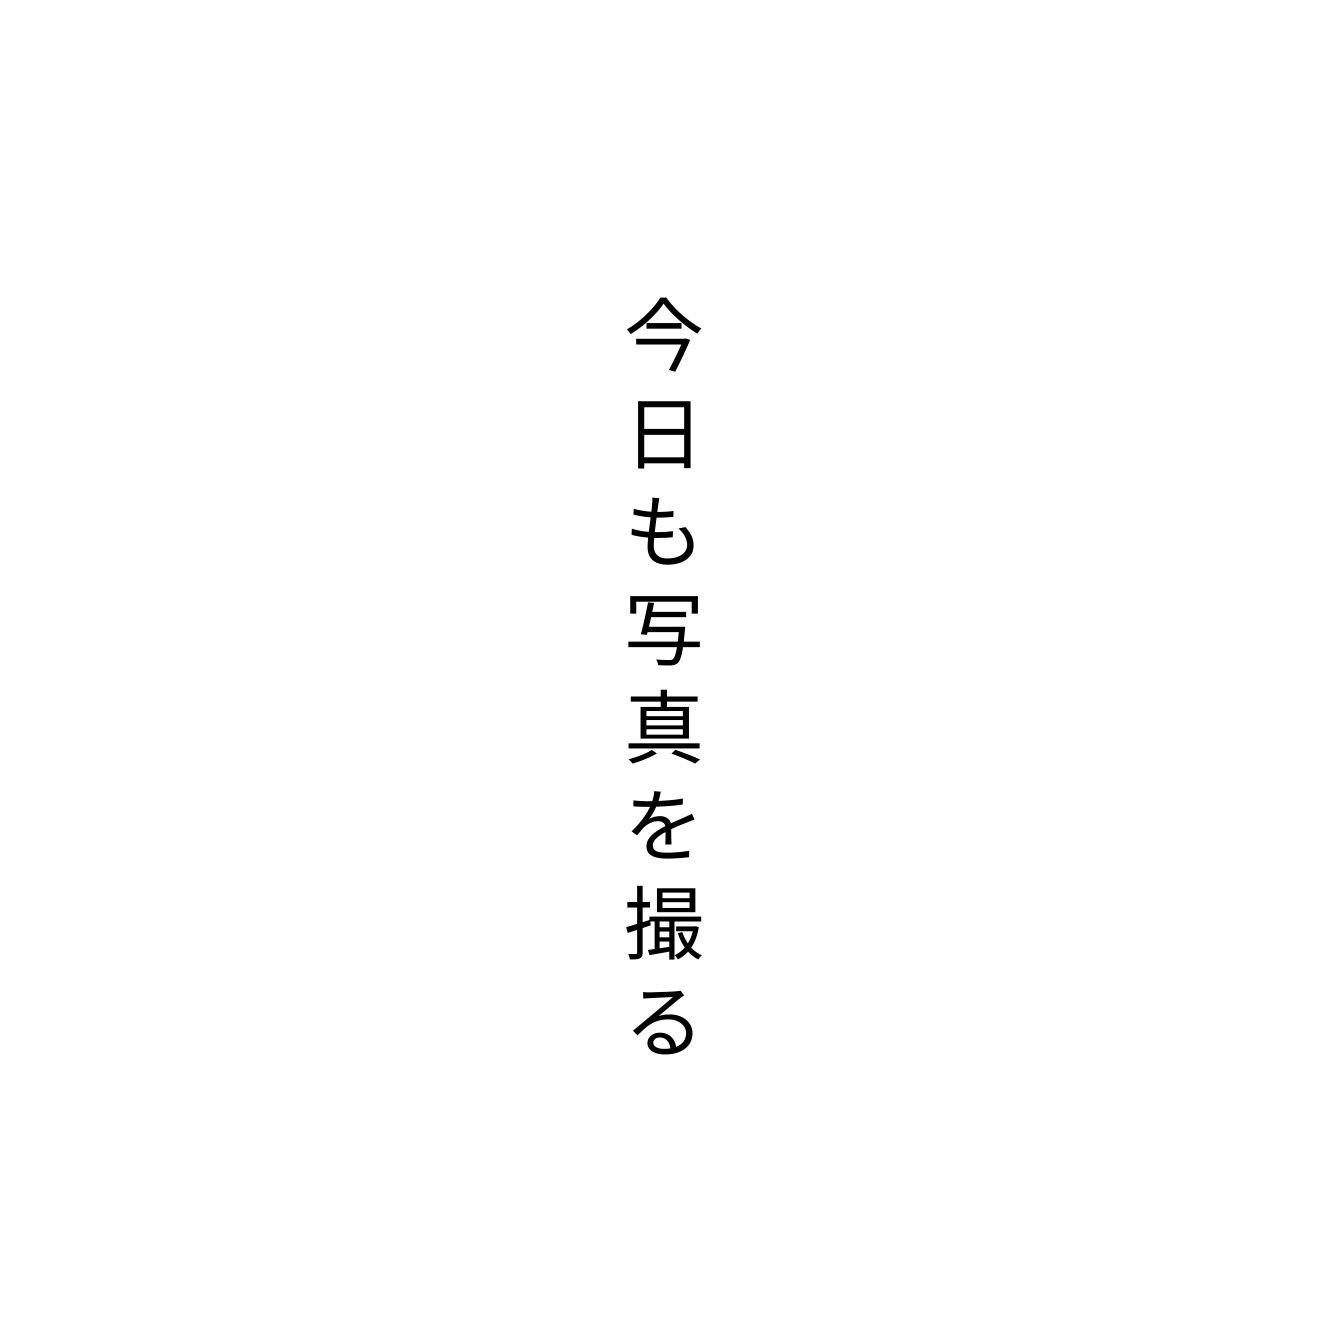
今日も写真を撮る